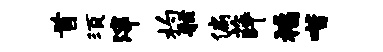
首须滓杓舷偏薛福喈